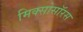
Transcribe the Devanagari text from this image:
मिक्सोसॉरस